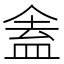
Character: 𬾾